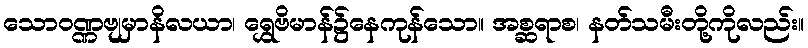
သောဝဏ္ဏဗျမှာနိလယာ၊ ရွှေဗိမာန်၌နေကုန်သော။ အစ္ဆရာစ၊ နတ်သမီးတို့ကိုလည်း။